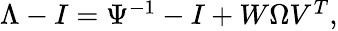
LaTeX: \begin{array}{r}{\Lambda-I=\Psi^{-1}-I+W\Omega V^{T},}\end{array}